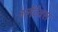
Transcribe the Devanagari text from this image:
ग्लेंटेक्स